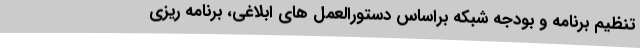
تنظیم برنامه و بودجه شبکه براساس دستورالعمل های ابلاغی، برنامه ریزی